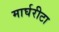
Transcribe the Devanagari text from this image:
मार्घरीटा